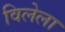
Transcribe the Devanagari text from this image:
विलेला